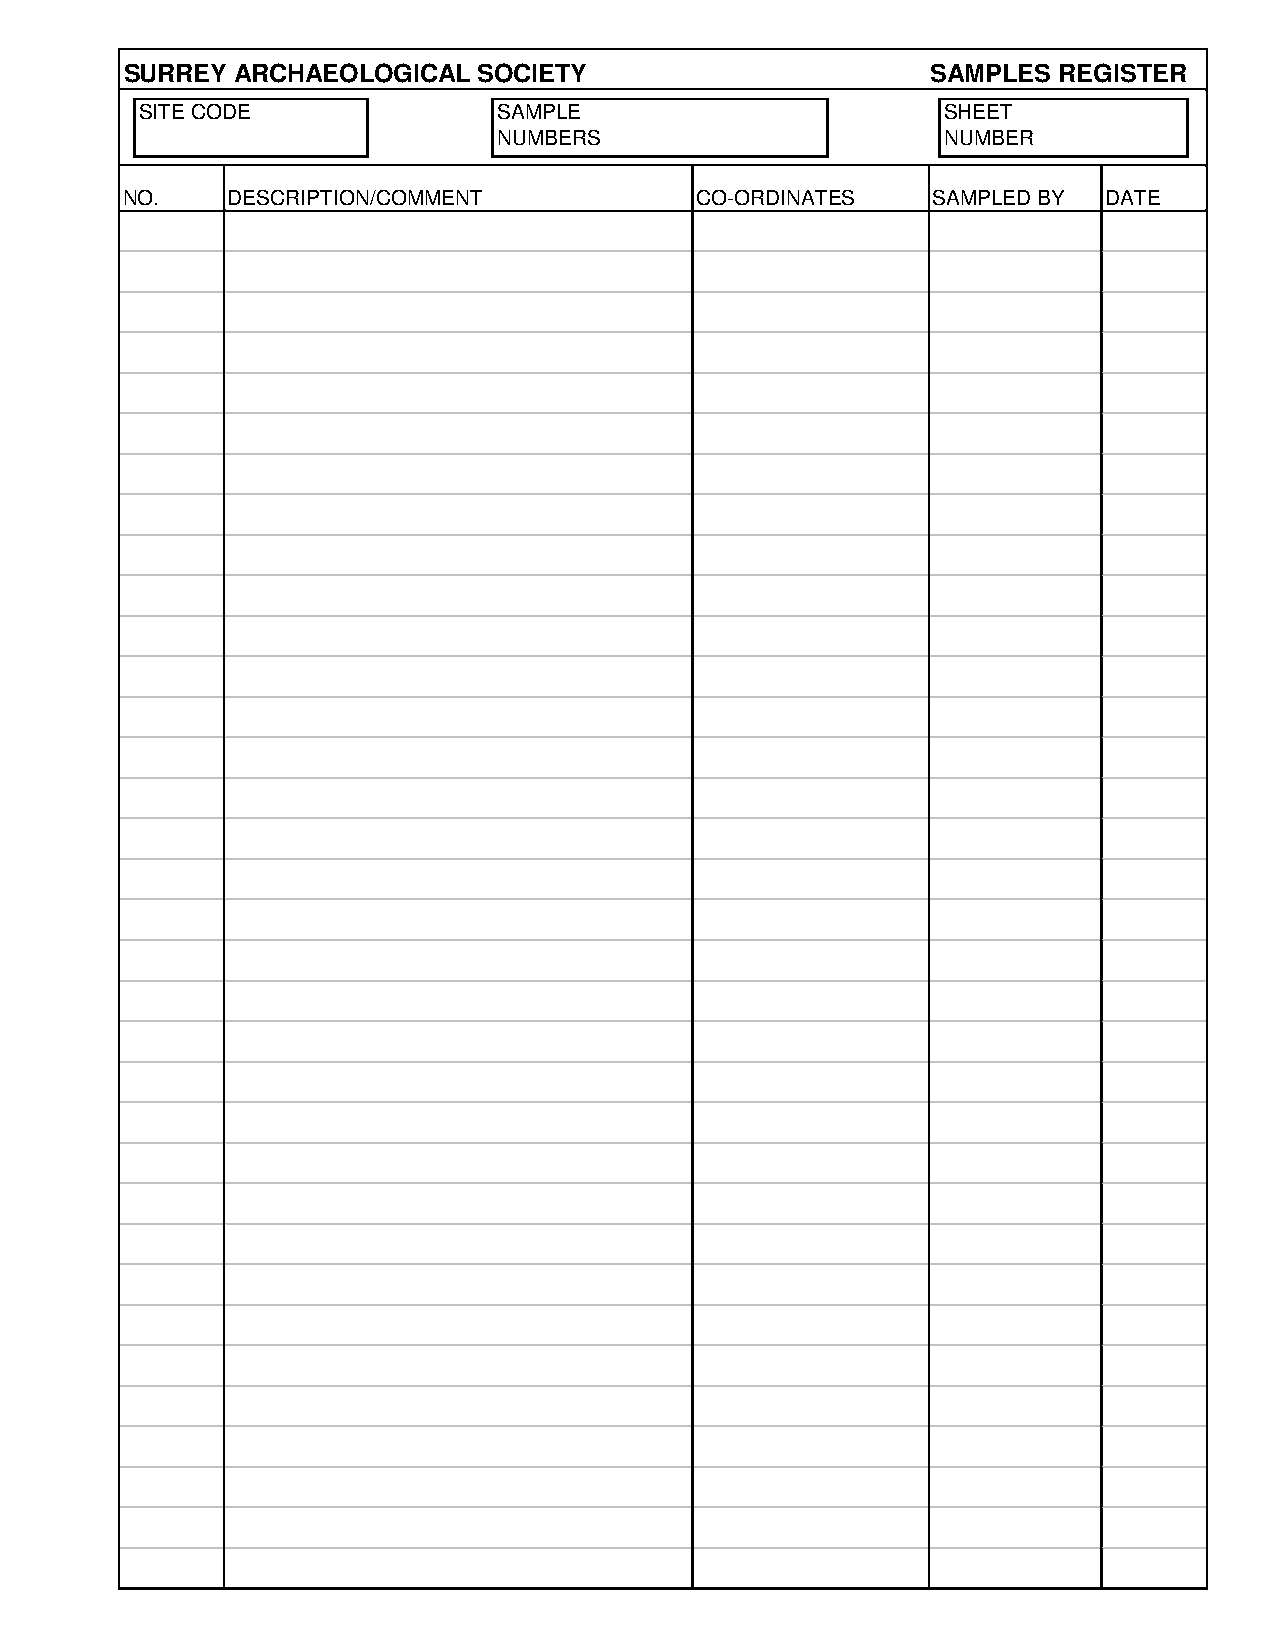
SURREY  ARCHAEOLOGICAL  SOCIETY                       SAMPLES REGISTER
 SITE CODE               SAMPLE                       SHEET
 NUMBERS                      NUMBER
 NO.    DESCRIPTION/COMMENT            CO-ORDINATES    SAMPLED BY DATE